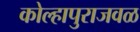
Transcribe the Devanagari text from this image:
कोल्हापुराजवळ